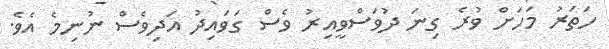
ހަތަރު މަހަށް ވުރެ ގިނަ ދުވަސްވީއިރު ވެސް ގަވައިދު އަދިވެސް ނުނިމެ އެވެ.